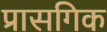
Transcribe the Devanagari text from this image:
प्रासगिक